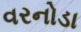
વરનોડા